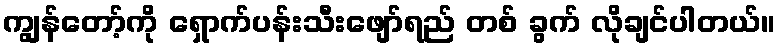
ကျွန်တော့်ကို ရှောက်ပန်းသီးဖျော်ရည် တစ် ခွက် လိုချင်ပါတယ်။